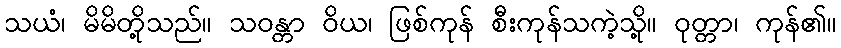
သယံ၊ မိမိတို့သည်။ သဝန္တာ ဝိယ၊ ဖြစ်ကုန် စီးကုန်သကဲ့သို့။ ဝုတ္တာ၊ ကုန်၏။